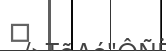
٩